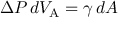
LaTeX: \Delta P \, d V _ { \mathrm { { A } } } = \gamma \, d A